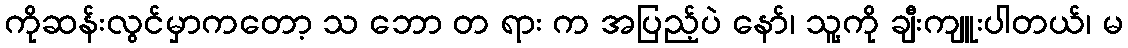
ကိုဆန်းလွင်မှာကတော့ သ ဘော တ ရား က အပြည့်ပဲ နော်၊ သူ့ကို ချီးကျူးပါတယ်၊ မ